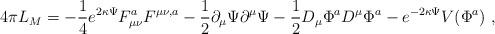
LaTeX: \begin{align*}4\pi L_{M}=-\frac{1}{4} e^{2\kappa\Psi}F_{\mu\nu}^{a}F^{\mu\nu,a}-\frac{1}{2}\partial_{\mu}\Psi\partial^{\mu}\Psi-\frac{1}{2}D_{\mu}\Phi^{a} D^{\mu}\Phi^{a}-e^{-2\kappa\Psi}V(\Phi^{a})\ ,\end{align*}